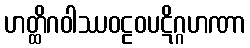
ဟတ္ထိဂဝါဿဝဠဝပဋိဂ္ဂဟဏာ